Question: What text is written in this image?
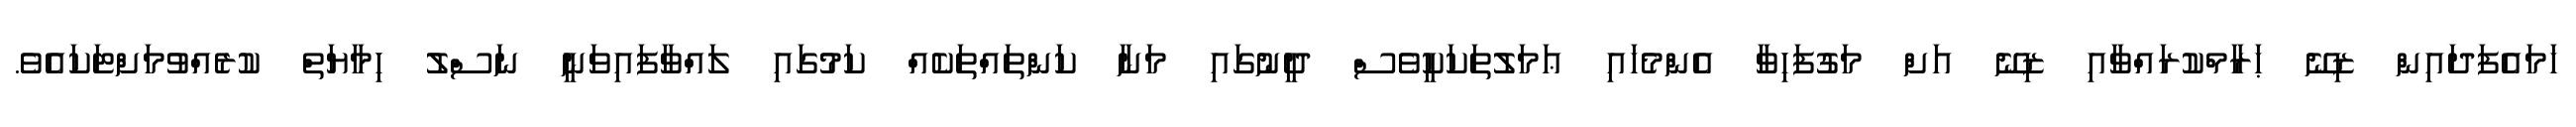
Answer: ހަމައެފަދައިން ޒިނޭ ޙަރާމްކުރައްވާއި ޒިނޭ އަށް މަގުފަހިވާ އެންމެހައި ޢަމަލުތަކަކީވެސް ދީނުގައި މަނާ ކަންތައްތަކެއް ކަމުގައި ލައްވާފައިވަނީ ނަސްލު ހިމާޔަތް ކުރެއްވުމަށްޓަކައެވެ.